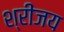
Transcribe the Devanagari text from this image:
श्रींजय